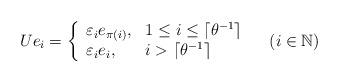
LaTeX: \begin{align*} U e_i = \left\{\begin{array}{ll} \varepsilon_i e_{\pi(i)}, & 1\leq i\leq \lceil \theta^{-1} \rceil\\ \varepsilon_i e_i, & i > \lceil \theta^{-1} \rceil \end{array} \right. \quad(i\in \mathbb N) \end{align*}